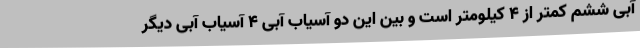
آبی ششم کمتر از 4 کیلومتر است و بین این دو آسیاب آبی 4 آسیاب آبی دیگر